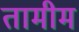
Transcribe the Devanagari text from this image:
तामीम